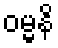
ဝမ္မနိ